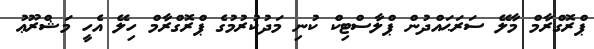
ޕްރޮގްރާމް މާލޭ ސަރަޙައްދުން ޕްލާސްޓިކް ކުނި މަދުކުރުމުގެ ޕްރޮގްރާމް ހިލޭ އެހީ މަޝްރޫޢު